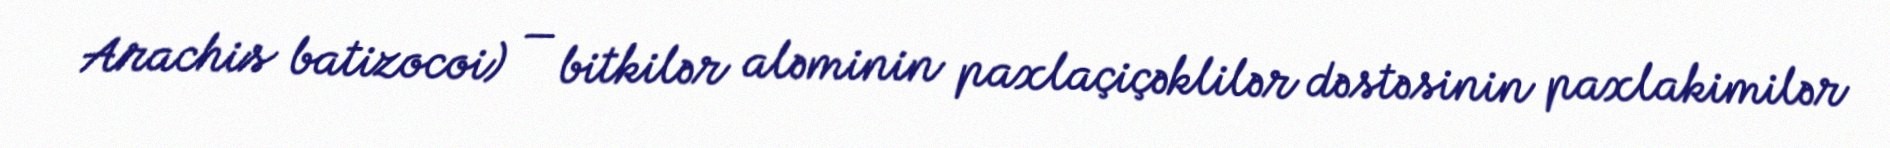
Arachis batizocoi) — bitkilər aləminin paxlaçiçəklilər dəstəsinin paxlakimilər